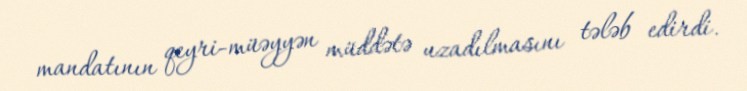
mandatının qeyri-müəyyən müddətə uzadılmasını tələb edirdi.